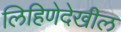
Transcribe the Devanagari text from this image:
लिहिणेदेखील